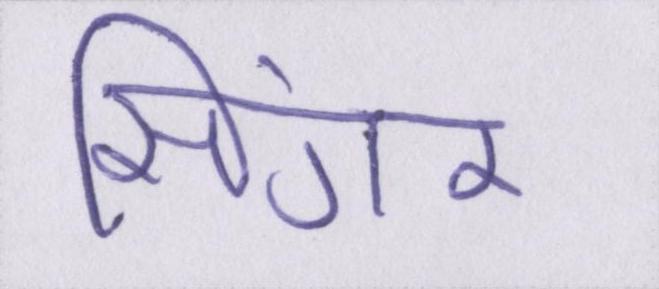
सिंगर